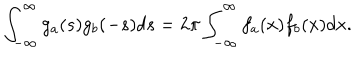
\int _ { - \infty } ^ { \infty } g _ { a } ( s ) g _ { b } ( - s ) d s = 2 \pi \int _ { - \infty } ^ { \infty } f _ { a } ( x ) f _ { b } ( x ) d x .